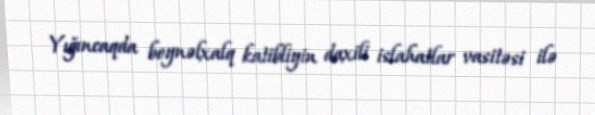
Yığıncaqda beynəlxalq katibliyin daxili islahatlar vasitəsi ilə